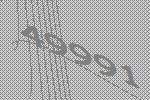
49991